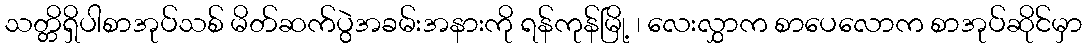
သတ္တိရှိပါစာအုပ်သစ် မိတ်ဆက်ပွဲအခမ်းအနားကို ရန်ကုန်မြို့ ၊ လေးလွှာက စာပေလောက စာအုပ်ဆိုင်မှာ